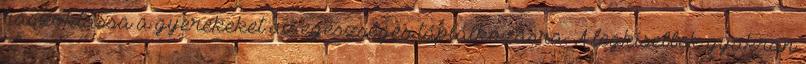
rászoktassa a gyerekeket az egészséges táplálkozásra. A legkisebbek gyakran